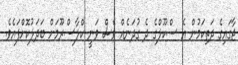
ޖާގައިގެ ދަތިކަމުން އެ ސްކޫލްގެ ދެ ގުދަނެއް ވެސް ވަނީ ކްލާސްރޫމަށް ބަދަލުކޮށްފައެވެ.